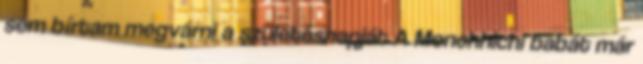
sem bírtam megvárni a születésnapját A Monchhichi babát már